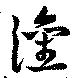
灌